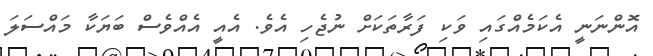
އޮންނަނީ އެކަމެއްގައި ވަކި ފަރާތަކަށް ނުޖެހި އެވެ. އެއީ އެއްވެސް ބަޔަކާ މައްސަލަ